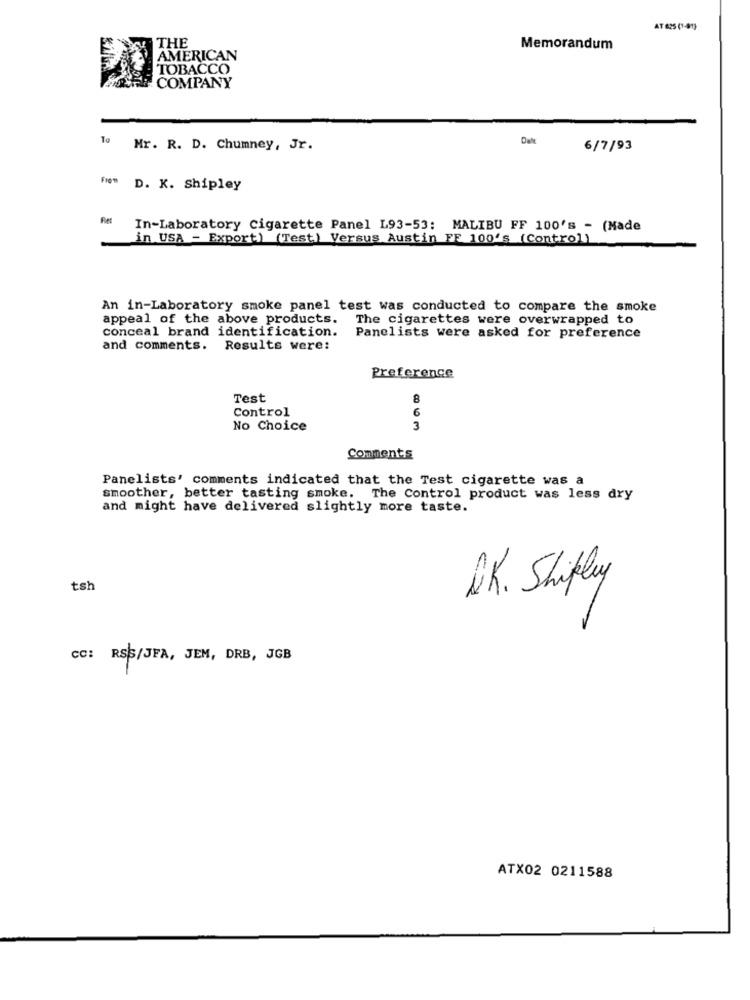
AT 625 (1-91)
THE
Memorandum
AMERICAN
TOBACCO
COMPANY
Date
To Mr. R. D. Chumney, Jr.
6/7/93
FN= D. K. Shipley
'In-Laboratory cigarette Panel L93-53: MALIBU FF 100's - (Made
in USA - Export) (Test) Versus Austin FF 100's (Control)
An in-Laboratory smoke panel test was conducted to compare the smoke
appeal of the above products.
The cigarettes were overwrapped to
conceal brand identification.
Panelists were asked for preference
and comments. Results were:
Preference
Test
8
Control
6
No Choice
3
Comments
Panelists' comments indicated that the Test cigarette was a
smoother, better tasting smoke. The Control product was less dry
and might have delivered slightly more taste.
tsh
AK. Shipley
cc: RSS/JFA, JEM, DRB, JGB
ATX02 0211588